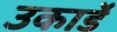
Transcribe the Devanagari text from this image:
उकार्डे